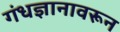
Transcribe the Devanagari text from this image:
गंधज्ञानावरून